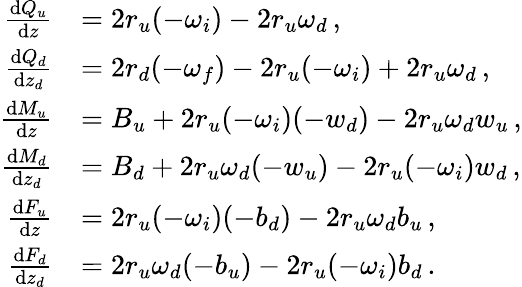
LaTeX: \begin{array}{rl}{\frac{\textnormal{d}Q_{u}}{\textnormal{d}z}}&{=2r_{u}(-\omega_{i})-2r_{u}\omega_{d}\, ,}\\ {\frac{\textnormal{d}Q_{d}}{\textnormal{d}z_{d}}}&{=2r_{d}(-\omega_{f})-2r_{u}(-\omega_{i})+2r_{u}\omega_{d}\, ,}\\ {\frac{\textnormal{d}M_{u}}{\textnormal{d}z}}&{=B_{u}+2r_{u}(-\omega_{i})(-w_{d})-2r_{u}\omega_{d}w_{u}\, ,}\\ {\frac{\textnormal{d}M_{d}}{\textnormal{d}z_{d}}}&{=B_{d}+2r_{u}\omega_{d}(-w_{u})-2r_{u}(-\omega_{i})w_{d}\, ,}\\ {\frac{\textnormal{d}F_{u}}{\textnormal{d}z}}&{=2r_{u}(-\omega_{i})(-b_{d})-2r_{u}\omega_{d}b_{u}\, ,}\\ {\frac{\textnormal{d}F_{d}}{\textnormal{d}z_{d}}}&{=2r_{u}\omega_{d}(-b_{u})-2r_{u}(-\omega_{i})b_{d}\, .}\end{array}